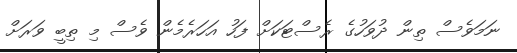
ނަމަވެސް ތިން ދުވަހުގެ ރެސްޓަކަށް ފަހު އަހަރެމެން ވެސް މި ތިބީ ވަރަށް